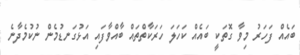
ބައެއް ފަހަރު މިވާ ގޮތަކީ ބައެއް ކަހަލަ ހަރަކާތްތައް ބާއްވާފައި އަޅުގަނޑުމެން ނުކުމެދާނެ